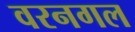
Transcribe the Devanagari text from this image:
वरनगल